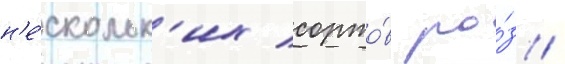
н'е́скольк'их сорто́в ро́з /